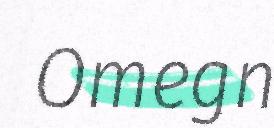
Omegn